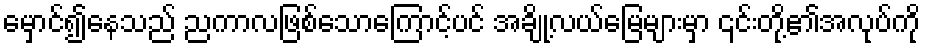
မှောင်၍နေသည် ညကာလဖြစ်သောကြောင့်ပင် အချို့လယ်မြေများမှာ ၎င်းတို့၏အလုပ်ကို